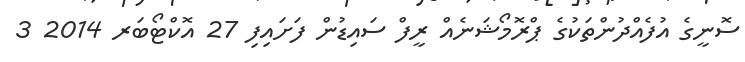
ސޮނީގެ އުފެއްދުންތަކުގެ ޕްރޮމޯޝަނެއް ރީފް ސައިޑުން ފަށައިފި 27 އޮކްޓޯބަރ 2014 3